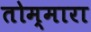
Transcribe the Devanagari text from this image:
तोम्मारा